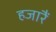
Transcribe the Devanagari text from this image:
हजारैं